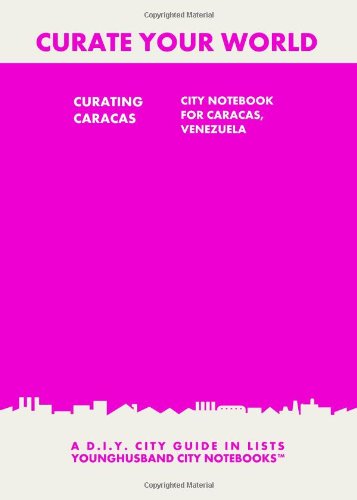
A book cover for Curating Caracas: City Notebook For Caracas, Venezuela: A D.I.Y. City Guide In Lists (Curate Your World); Younghusband City Notebooks; Travel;